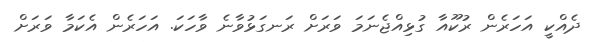
ދެއްކީ އަހަރެން ރުކޫއާ ގުޅިއްޖެނަމަ ވަރަށް ރަނގަޅުވާނެ ވާހަކަ. އަހަރެން އެކަމާ ވަރަށް